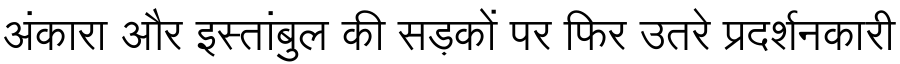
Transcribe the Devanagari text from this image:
अंकारा और इस्तांबुल की सड़कों पर फिर उतरे प्रदर्शनकारी